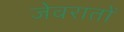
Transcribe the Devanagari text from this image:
जेवरातों